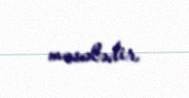
məsələdir.